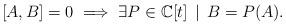
LaTeX: \begin{align*}[A,B]=0\implies\exists P\in\mathbb{C}[t]\,\mid\,B=P(A).\end{align*}